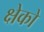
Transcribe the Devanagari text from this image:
क्षेको